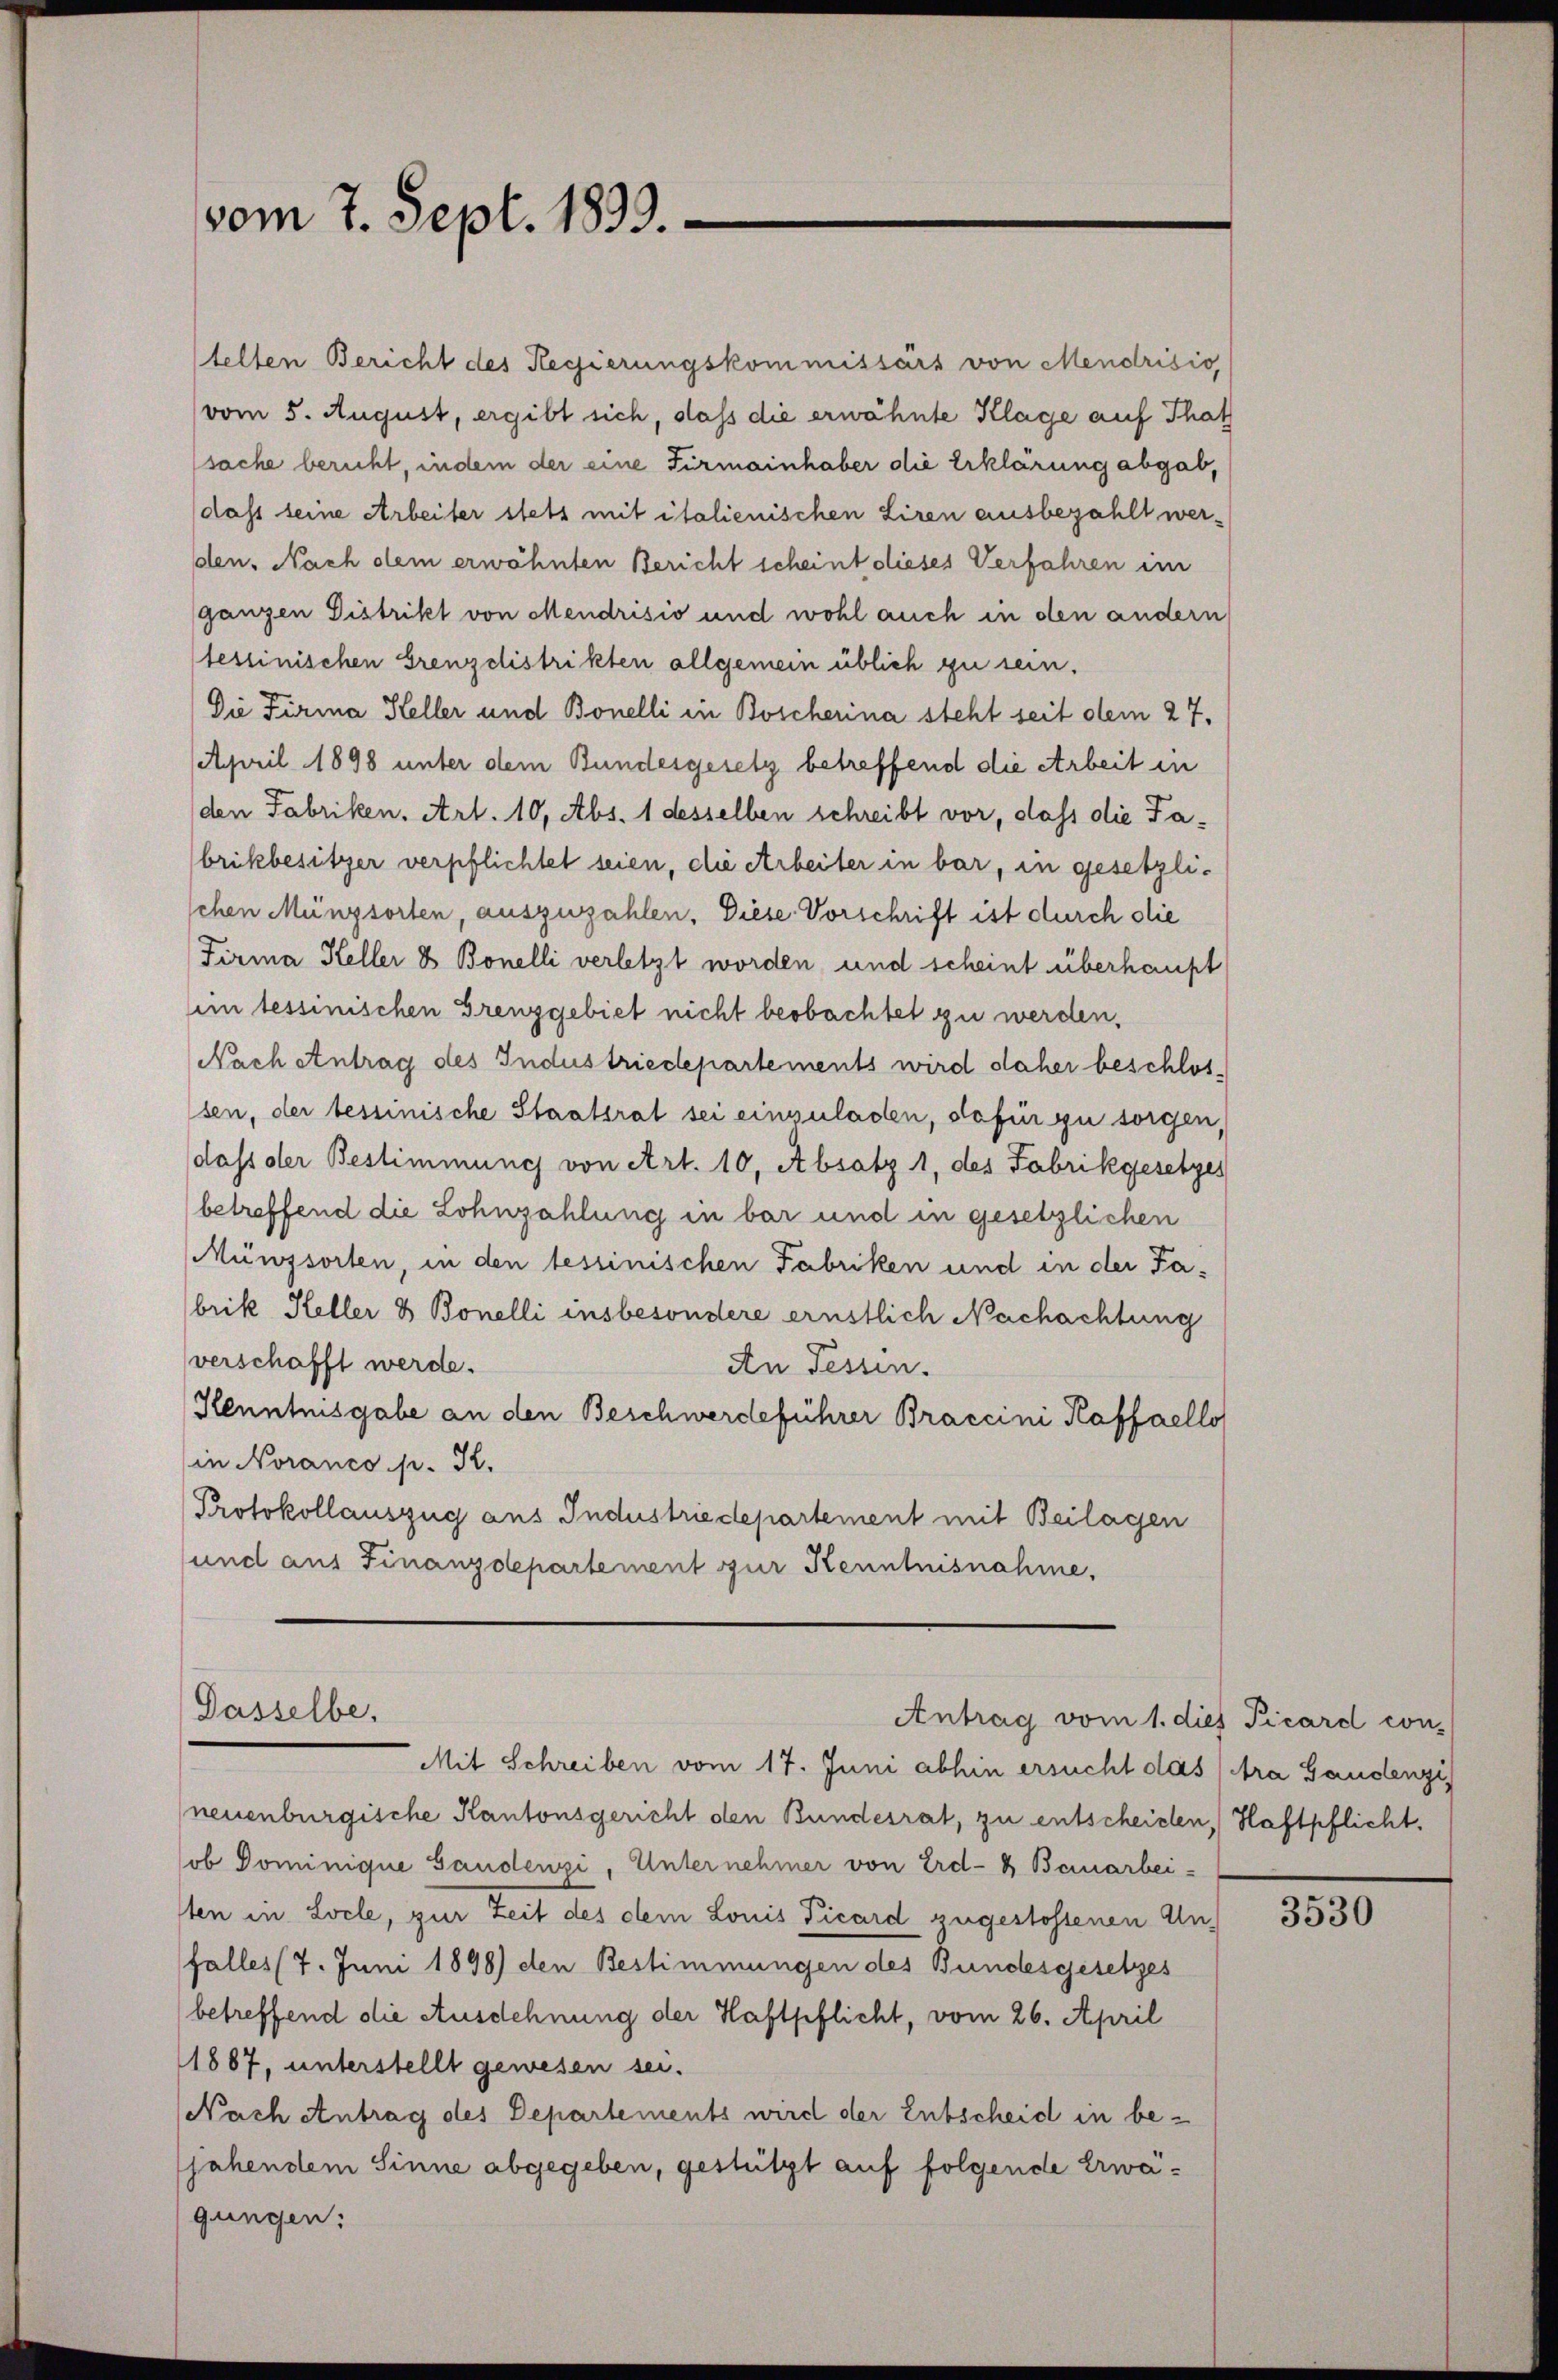
vom 7. Sept. 1893.

telten Bericht des Regierungskommissärs von Mendrisio,
vom 5. August, ergibt sich, daß die erwähnte Klage auf That
sache bericht, indem der eine Firmainhaber die Erklärung abgab,
dass seine Arbeiter stets mit italienischen Liren ausbezahlt werden. Nach dem erwähnten Bericht scheint dieses Verfahren im
ganzen Distrikt von Mendrisio und wohl auch in den andern
tessinischen Grenz distrikten allgemein üblich zu sein.
Die Firma Heller und Bonelli in Boscherina steht seit dem 27.
April 1898 unter dem Bundesgesetz betreffend die Arbeit in
den Fabriken. Art. 10, Abs. 1 desselben schreibt vor, dass die Fabrikbesitzer verpflichtet seien, die Arbeiter in bar, in gesetzlischen Münzsorten, auszuzahlen. Diese Vorschrift ist durch die
Firma Heller & Bonelli verletzt worden und scheint überhaupt
in tessinischen Grenzgebiet nicht beobachtet zu werden,
Nach Antrag des Industriedepartements wird daher beschlos-
sen, der bestinische Staatsrat sei einzuladen, dafür zu sorgen,
dass der Bestimmung von Art. 10, Absatz 1, des Fabrikgesetzes
betreffend die Lohnzahlung in bar und in gesetzlichen
Münzsorten, in den tessinischen Fabriken und in der Fabrik Heller 3 Bonelli insbesondere ernstlich Nachachtung
verschafft werde.
An Fessen.
Kenntnisgabe an den Beschwerdeführer Braccini Kaffaello
in Noranco p. K.
Protokollauszug aus Industriedepartement mit Beilagen
und aus Finanzdepartement zur Kenntnisnahme,

Dasselbe,
Antrag vom 1. dies Picard con-
Mit Schreiben vom 17. Juni abhin ersucht das fra Gaudenzi

neuenburgische Kantonsgericht den Bundesrat, zu entscheiden, Haftpflicht.
ob Dominique Gandenzi, Unternehmer von Erd- & Bauarbei-
sten in Locle, zur Zeit des dem Louis Picard zugestossenen Unfalles 7. Juni 1898) den Bestimmungen des Bundesgesetzes
betreffend die Ausdehnung der Haftpflicht, vom 26. April
1887, unterstellt gewesen sei.
Nach Antrag des Departements wird der Entscheid in bejahendem Sinne abgegeben, gestützt auf folgende Erwägungen:

3530